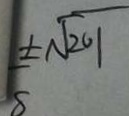
\pm \sqrt { 2 0 1 }